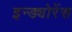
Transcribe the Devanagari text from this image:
इन्ड्योरेंस